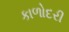
કાળોદરી